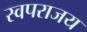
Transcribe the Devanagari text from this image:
स्वपराजय